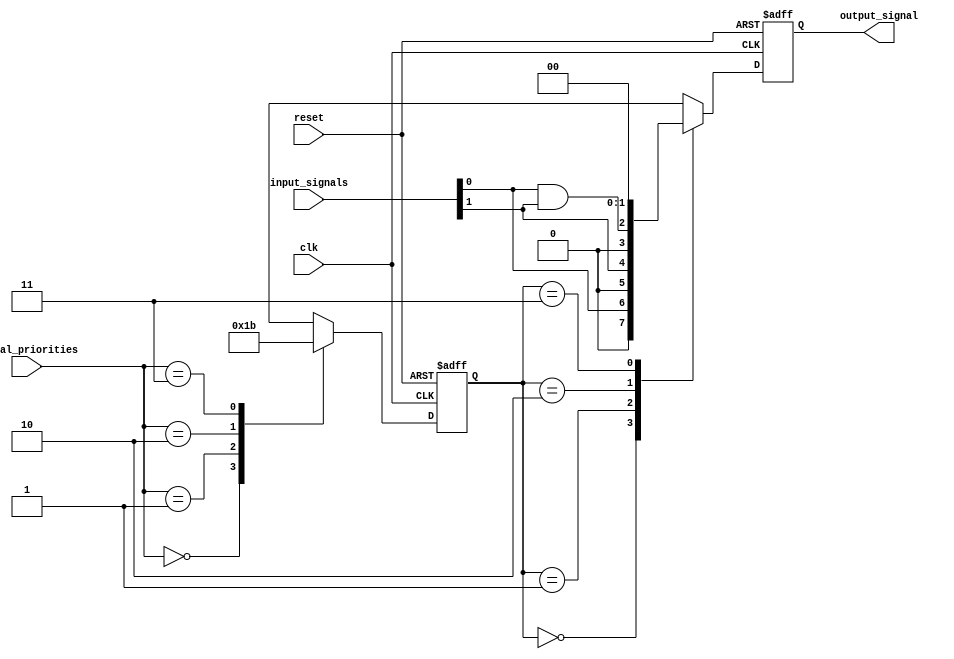
module priority_bypass_register (
    input clk,
    input reset,
    input [1:0] signal_priorities,
    input [1:0] input_signals,
    output reg [1:0] output_signal
);

reg [1:0] stored_priority;

always @(posedge clk or posedge reset) begin
    if (reset) begin
        stored_priority <= 2'b11; // Default priority value
        output_signal <= 2'b00; // Default output signal
    end else begin
        case (signal_priorities)
            2'b00: stored_priority <= 2'b00;
            2'b01: stored_priority <= 2'b01;
            2'b10: stored_priority <= 2'b10;
            2'b11: stored_priority <= 2'b11;
            default: stored_priority <= 2'b11;
        endcase
        
        case (stored_priority)
            2'b00: output_signal <= input_signals[0];
            2'b01: output_signal <= input_signals[1];
            2'b10: output_signal <= input_signals[0] & input_signals[1]; // Example of handling feedback/override situation
            2'b11: output_signal <= 2'b00;
            default: output_signal <= 2'b00;
        endcase
    end
end

endmodule